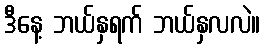
ဒီနေ့ ဘယ်နှရက် ဘယ်နှလလဲ။